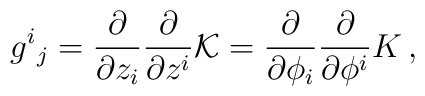
g^i{}_j =\frac{\partial }{\partial z_i}\frac{\partial }{\partial z^i}{\cal  K}=\frac{\partial }{\partial \phi _i}\frac{\partial }{\partial \phi ^i} K\,,